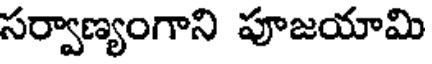
సర్వాణ్యంగాని పూజయామి